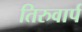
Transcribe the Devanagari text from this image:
तिरुवार्प